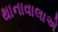
થાનાવાલાએ